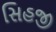
સિહજી